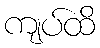
ကျပ်ထိ